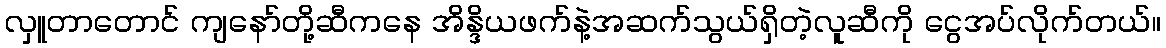
လှူတာတောင် ကျနော်တို့ဆီကနေ အိန္ဒိယဖက်နဲ့အဆက်သွယ်ရှိတဲ့လူဆီကို ငွေအပ်လိုက်တယ်။